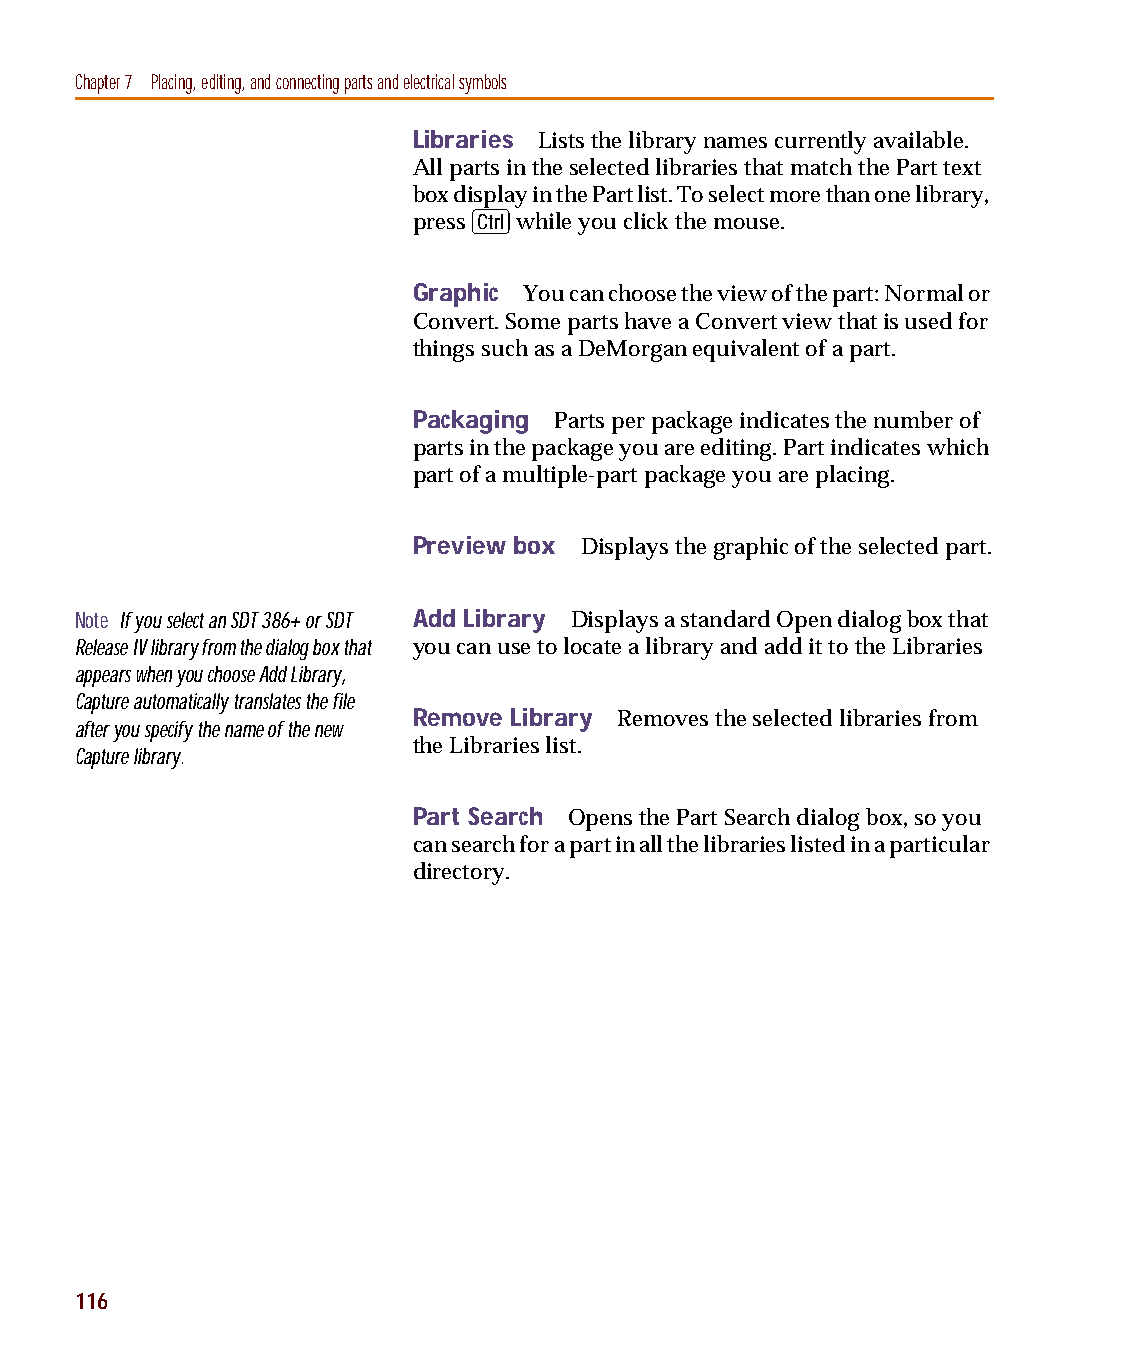
capug.book Page 116 Thursday, November 12, 1998 3:38 PM
 Chapter 7 Placing, editing, and connecting parts and electrical symbols
 Libraries Lists the library names currently available.
 All parts in the selected libraries that match the Part text
 box display in the Part list. To select more than one library,
 C
 press  while you click the mouse.
 Graphic You can choose the view of the part: Normal or
 Convert. Some parts have a Convert view that is used for
 things such as a DeMorgan equivalent of a part.
 Packaging Parts per package indicates the number of
 parts in the package you are editing. Part indicates which
 part of a multiple-part package you are placing.
 Preview box Displays the graphic of the selected part.
 Note If you select an SDT 386+ or SDT Add Library Displays a standard Open dialog box that
 Release IV library from the dialog box that you can use to locate a library and add it to the Libraries
 appears when you choose Add Library,
 Capture automatically translates the file
 Remove Library Removes the selected libraries from
 after you specify the name of the new
 the Libraries list.
 Capture library.
 Part Search Opens the Part Search dialog box, so you
 can search for a part in all the libraries listed in a particular
 directory.
 116